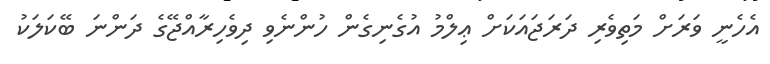
އެހެނީ ވަރަށް މަތިވެރި ދަރަޖައަކަށް ޢިލްމު އުގެނިގެން ހުންނެވި ދިވެހިރާއްޖޭގެ ދަންނަ ބޭކަލަކު